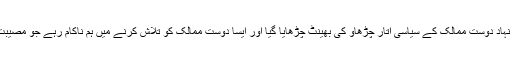
کشمیر کو عالمی طاقتوں اور عالمی سطح پر نام نہاد دوست ممالک کے سیاسی اتار چڑھاو کی بھینٹ چڑھایا گیا اور ایسا دوست ممالک کو تلاش کرنے میں ہم ناکام رہے جو مصیبت کی ہر گھڑی میں ہمارے ساتھ کھڑے رہتے ۔